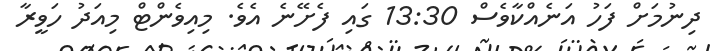
ދިނުމަށް ފަހު އަނެއްކާވެސް 13:30 ގައި ފެށޭނެ އެވެ. މިއިވެންޓް މިއަދު ހަވީރާ